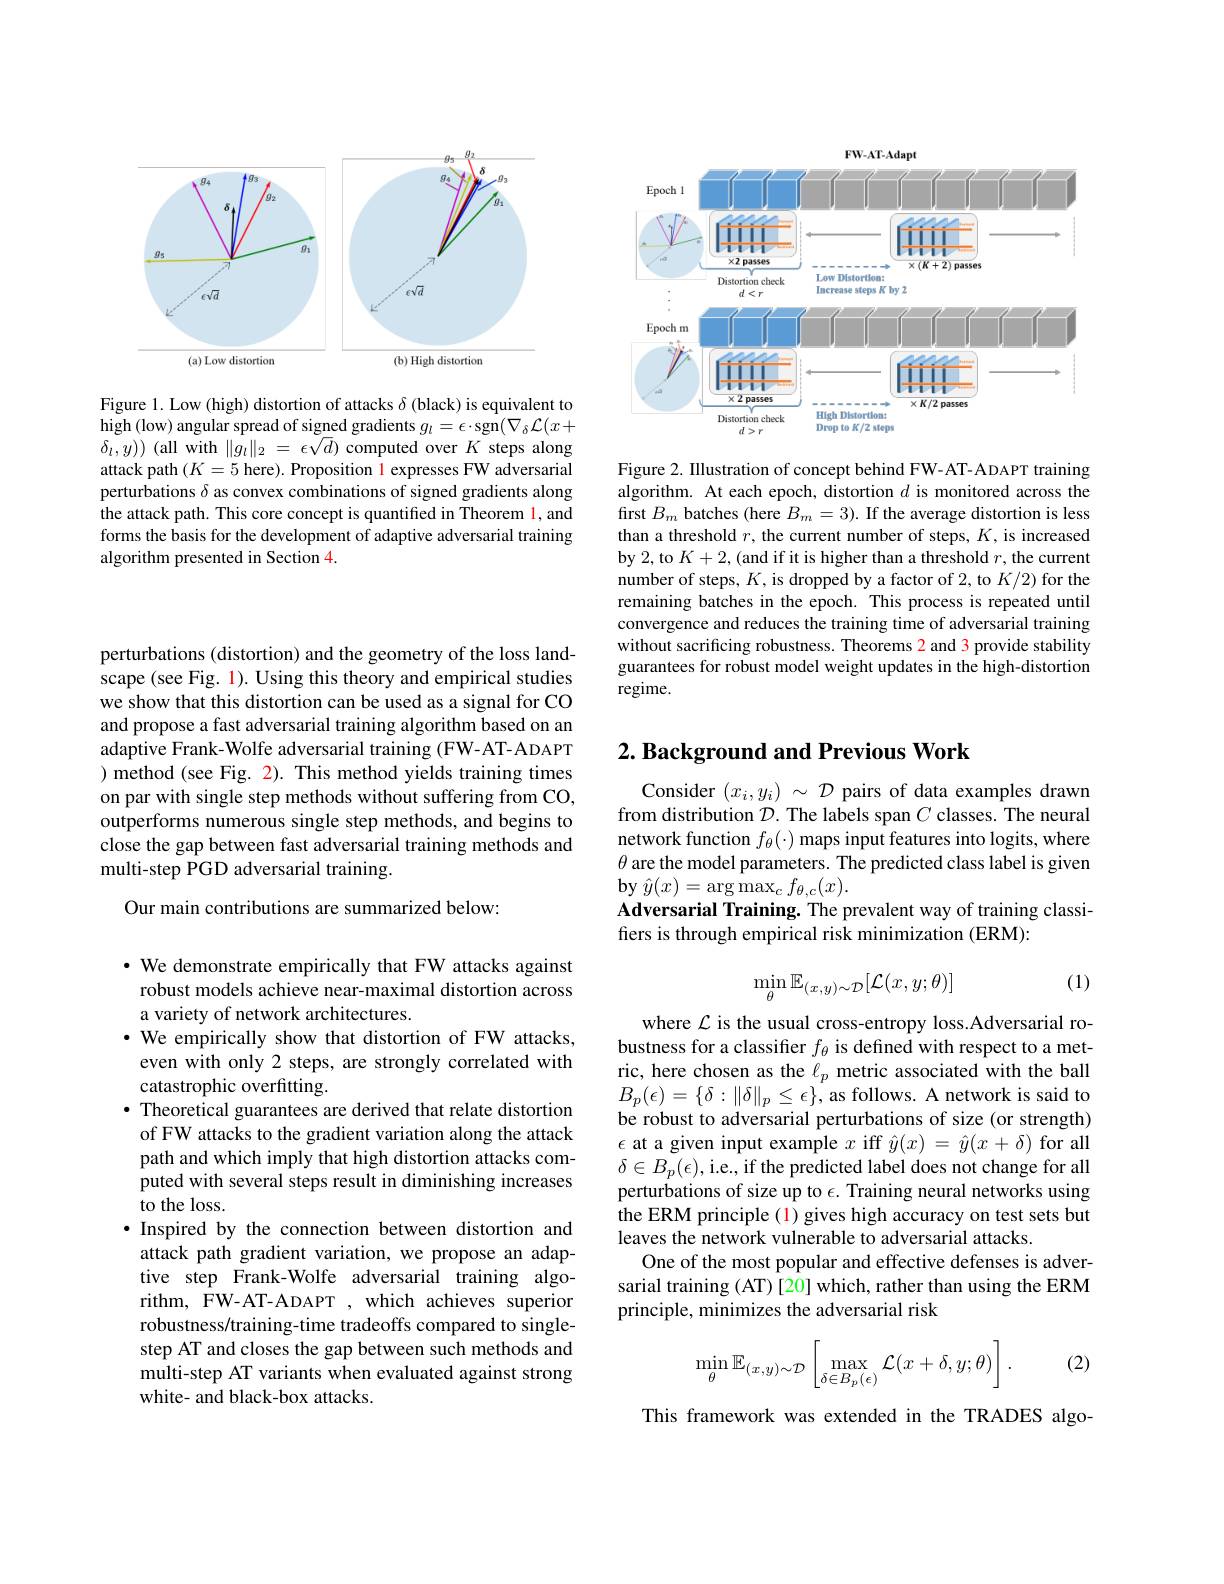
<FigureHere>

Figure 1. Low (high) distortion of attacks $\delta$ (black) is equivalent to $\operatorname{high}($low) angular spread of signed gradients $g_l=\epsilon\cdot\operatorname{sgn}(\nabla_\delta\mathcal{L}(x+$ $\delta_{l},y))$ (all with $\|g_l\|_2=\epsilon\sqrt d)$ computed over $K$ steps along attack path $(K=5$ here).Proposition l expresses FW adversarial perturbations $\delta$ as convex combinations of signed gradients along the attack path. This core concept is quantified in Theorem l, and forms the basis for the development of adaptive adversarial training algorithm presented in Section 4.

perturbations (distortion) and the geometry of the loss landscape (see Fig. 1). Using this theory and empirical studies we show that this distortion can be used as a signal for CO and propose a fast adversarial training algorithm based on an adaptive Frank-Wolfe adversarial training (FW-AT-ADAPT ) method (see Fig. 2). This method yields training times on par with single step methods without suffering from CO, outperforms numerous single step methods, and begins to close the gap between fast adversarial training methods and multi-step PGD adversarial training.

Our main contributions are summarized below:

· We demonstrate empirically that FW attacks against robust models achieve near-maximal distortion across a variety of network architectures.
$\cdot$ We empirically show that distortion of FW attacks, even with only 2 steps, are strongly correlated with catastrophic overfitting.
· Theoretical guarantees are derived that relate distortion of FW attacks to the gradient variation along the attack path and which imply that high distortion attacks computed with several steps result in diminishing increases to the loss.
·Inspired by the connection between distortion and
attack path gradient variation, we propose an adaptive step Frank-Wolfe adversarial training algorithm, FW-AT-ADAPT , which achieves superior robustness/training-time tradeoffs compared to singlestep AT and closes the gap between such methods and multi-step AT variants when evaluated against strong white- and black-box attacks.

$FW-AT-Adap$
<FigureHere>

Figure 2. Illustration of concept behind FW-AT-ADAPT training algorithm. At each epoch, distortion $d$ is monitored across the first $B_m$ batches (here $B_m=3).$ If the average distortion is less than a threshold $r$, the current number of steps, $K$, is increased by 2, to $K+2$,(and if it is higher than a threshold $r$, the current number of steps, $K$, is dropped by a factor of 2, to $K/2)$ for the remaining batches in the epoch. This process is repeated until convergence and reduces the training time of adversarial training without sacrificing robustness. Theorems 2 and 3 provide stability guarantees for robust model weight updates in the high-distortion regime.

## $2. \textbf{ Background and Previous Work}$

Consider $(x_i,y_i)~\sim~\mathcal{D}$ pairs of data examples drawn from distribution $\mathcal{D}.$ The labels span $C$ classes. The neural network function $f_\theta(\cdot)$ maps input features into logits, where $\theta$ are the model parameters. The predicted class label is given $\operatorname{by}\hat{y}(x)=\operatorname{arg}\operatorname*{max}_{c}f_{\theta,c}(x).$
Adversarial Training. The prevalent way of training classi-
fers is through empirical risk minimization (ERM):

(1)
$$\min_\theta\mathbb{E}_{(x,y)\sim\mathcal{D}}[\mathcal{L}(x,y;\theta)]$$
where $\mathcal{L}$ is the usual cross-entropy loss.Adversarial robustness for a classifier $f_\theta$ is defined with respect to a metric, here chosen as the $\ell_p$ metric associated with the ball $B_{p}(\epsilon)=\{\delta:\|\delta\|_{p}\leq\epsilon\}$, as follows. A network is said to be robust to adversarial perturbations of size (or strength) $\epsilon$ at a given input example $x$ iff $\hat{y}(x)=\hat{y}(x+\delta)$ for all $\delta\in B_{p}(\epsilon)$,i.e., if the predicted label does not change for all perturbations of size up to $\epsilon.$ Training neural networks using the ERM principle (1) gives high accuracy on test sets but leaves the network vulnerable to adversarial attacks.
One of the most popular and effective defenses is adversarial training (AT) [20] which, rather than using the ERM principle, minimizes the adversarial risk
$$\min\limits_{\theta}\mathbb{E}_{(x,y)\sim\mathcal{D}}\left[\max\limits_{\delta\in B_{p}(\epsilon)}\mathcal{L}(x+\delta,y;\theta)\right].$$
(2)

This framework was extended in the TRADES algo-